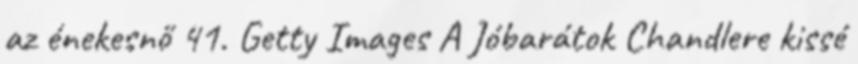
az énekesnő 41. Getty Images A Jóbarátok Chandlere kissé